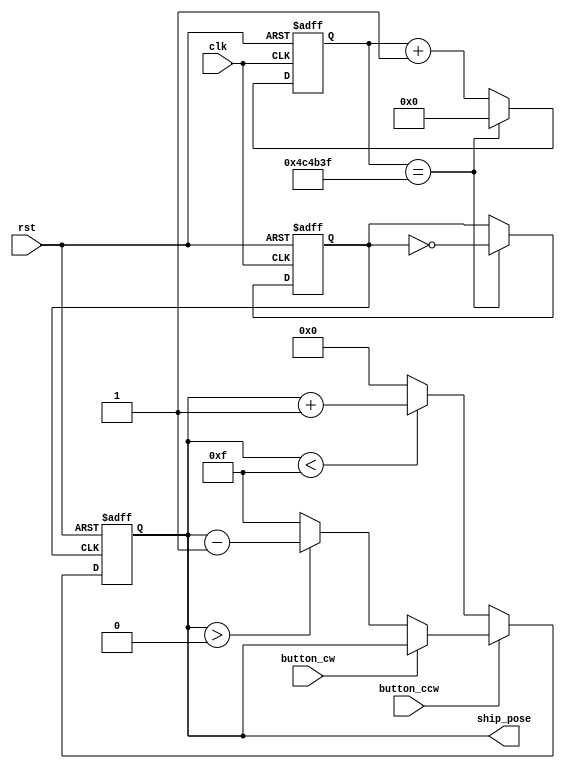
module ship_controller (
  input wire clk,  // 50,000,000 Mhz
  input wire rst,     
  input wire button_ccw,           
  input wire button_cw,         
  output reg [3:0] ship_pose 
);
  parameter DIVIDE_BY = 10_000_000; // CHANGE SENSITIVITY
  reg [22:0] counter;       
  reg clk_out;              

  always @(posedge clk or negedge rst) begin
    if (~rst) begin
      counter <= 0;
      clk_out <= 0;
    end else begin
      if (counter == (DIVIDE_BY / 2 - 1)) begin
        clk_out <= ~clk_out;  
        counter <= 0;         
      end else begin
        counter <= counter + 1;  
      end
    end
  end

  always @(posedge clk_out or negedge rst) begin
    if (~rst) begin
      ship_pose <= 4'b0000; // Reset count
    end else begin
      if (button_ccw == 1'b0) begin
        if (ship_pose < 4'b1111) begin
          ship_pose <= ship_pose + 1; // Count button_ccw
        end else begin
          ship_pose <= 4'b0000; // Reset counter
        end
      end else if (button_cw == 1'b0) begin
        if (ship_pose > 4'b0000) begin
          ship_pose <= ship_pose - 1; // Count button_cw
        end else begin
          ship_pose <= 4'b1111; // Reset counter
        end
      end
    end
  end

endmodule